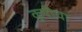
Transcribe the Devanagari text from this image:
कुपीचा